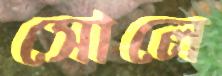
সোলে